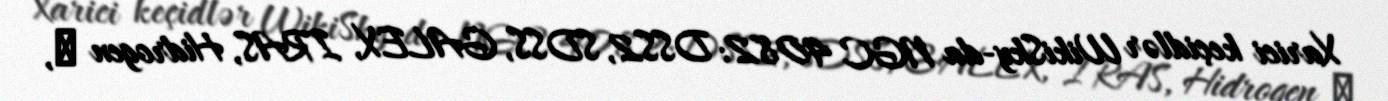
Xarici keçidlər WikiSky-da NGC 4082: DSS2, SDSS, GALEX, IRAS, Hidrogen α,